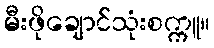
မီးဖိုချောင်သုံးစက္ကူ။